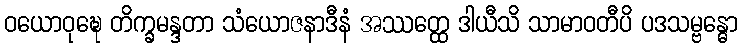
ဝယောဝုဍ္ဎေ တိက္ခမန္ဒတာ သံယောဇနာဒီနံ အဿတ္ထေ ဒါယီသိ သာမာဝတီပိ ပဒသမ္ဗန္ဓော